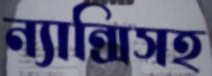
ন্যান্সিসহ